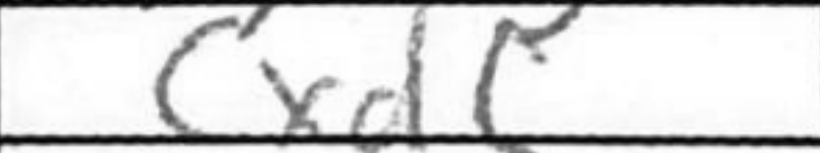
Transcription: cxd5